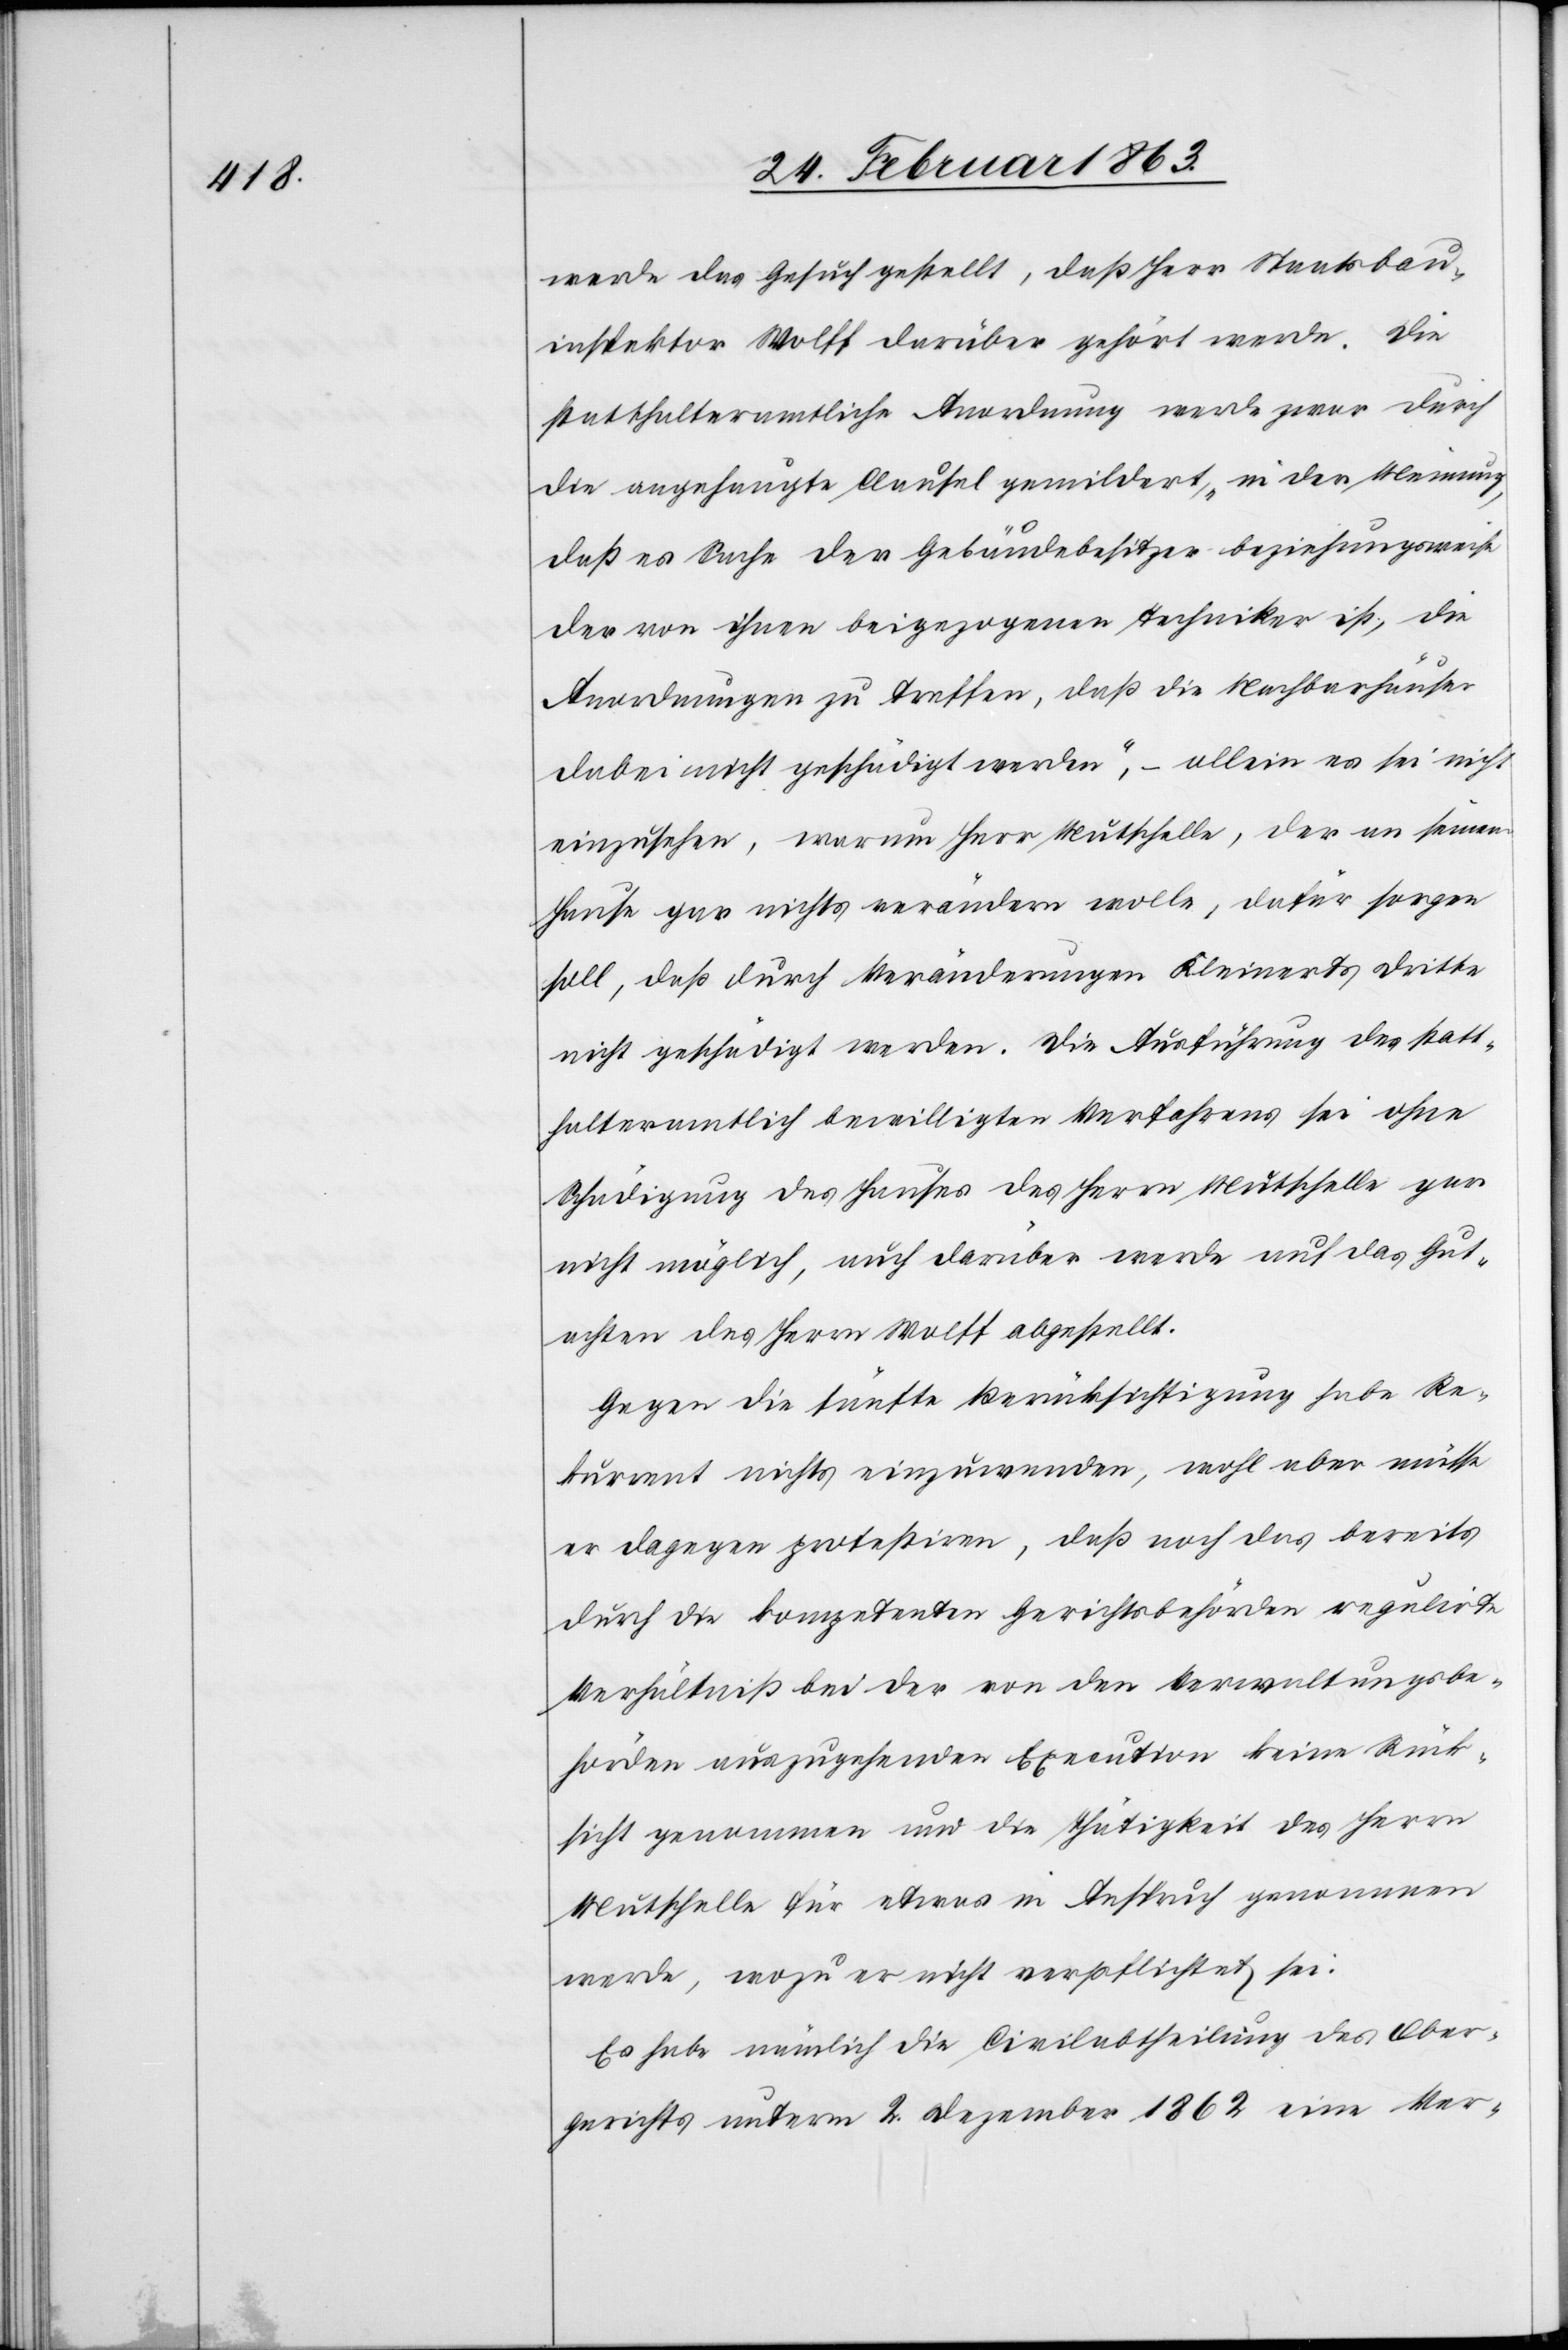
werde das Gesuch gestellt, daß Herr Staatsbau¬
inspektor Wolff darüber gehört werde. Die
statthalteramtliche Anordnung werde zwar durch
[recte: angehängte] Clausel gemildert, „in der Meinung,
daß es Sache der Gebäudebesitzer beziehungsweise
der von ihnen beigezogenen Techniker ist, die
Anordnungen zu treffen, daß die Nachbarhäuser
dabei nicht geschädigt werden“, – allein es sei nicht
einzusehen, warum Herr Mutschelle, der an seinem
Hause gar nichts verändern wolle, dafür sorgen
soll, daß durch Veränderungen Kleinerts Dritte
nicht geschädigt werden. Die Ausführung des statt¬
halteramtlich bewilligten Verfahrens sei ohne
Schädigung des Hauses des Herrn Mutschelle gar
nicht möglich, auch darüber werde auf das Gut¬
achten des Herrn Wolff abgestellt.
Gegen die fünfte Berücksichtigung habe Re¬
kurrent nichts einzuwenden, wohl aber müsse
er dagegen protestiren, daß noch [recte: auf] das bereits
durch die kompetenten Gerichtsbehörden regulirte
Verhältniß bei der von den Verwaltungsbe¬
hörden auszugehenden Execution keine Rück¬
sicht genommen und die Thätigkeit des Herrn
Mutschelle für etwas in Anspruch genommen
werde, wozu er nicht verpflichtet sei.
Es habe nämlich die Civilabtheilung des Ober¬
gerichtes unterm 2. Dezember 1862 eine Ver-